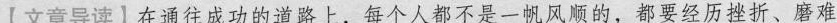
【文章导读】在通往成功的道路上，每个人都不是一帆风顺的，都要经历挫折、磨难